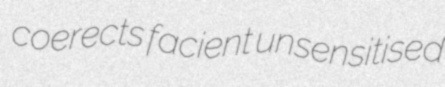
coerects facient unsensitised